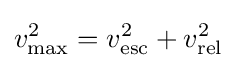
v_{\text{max}}^{2}=v_{\text{esc}}^{2}+v_{\text{rel}}^{2}